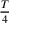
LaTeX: \textstyle { \frac { T } { 4 } }